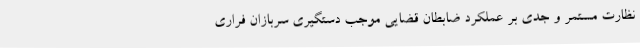
نظارت مستمر و جدی بر عملکرد ضابطان قضایی موجب دستگیری سربازان فراری